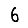
Digit: 6